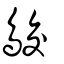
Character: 𪁉